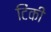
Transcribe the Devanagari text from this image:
टिंकी